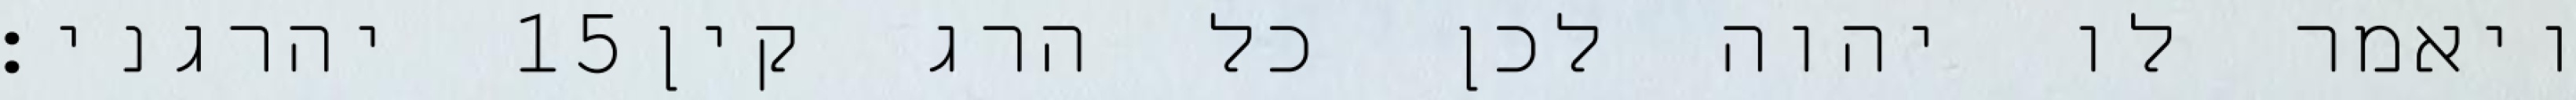
יהרגני׃ ‎15‏ ויאמר לו יהוה לכן כל הרג קין